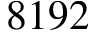
8 1 9 2